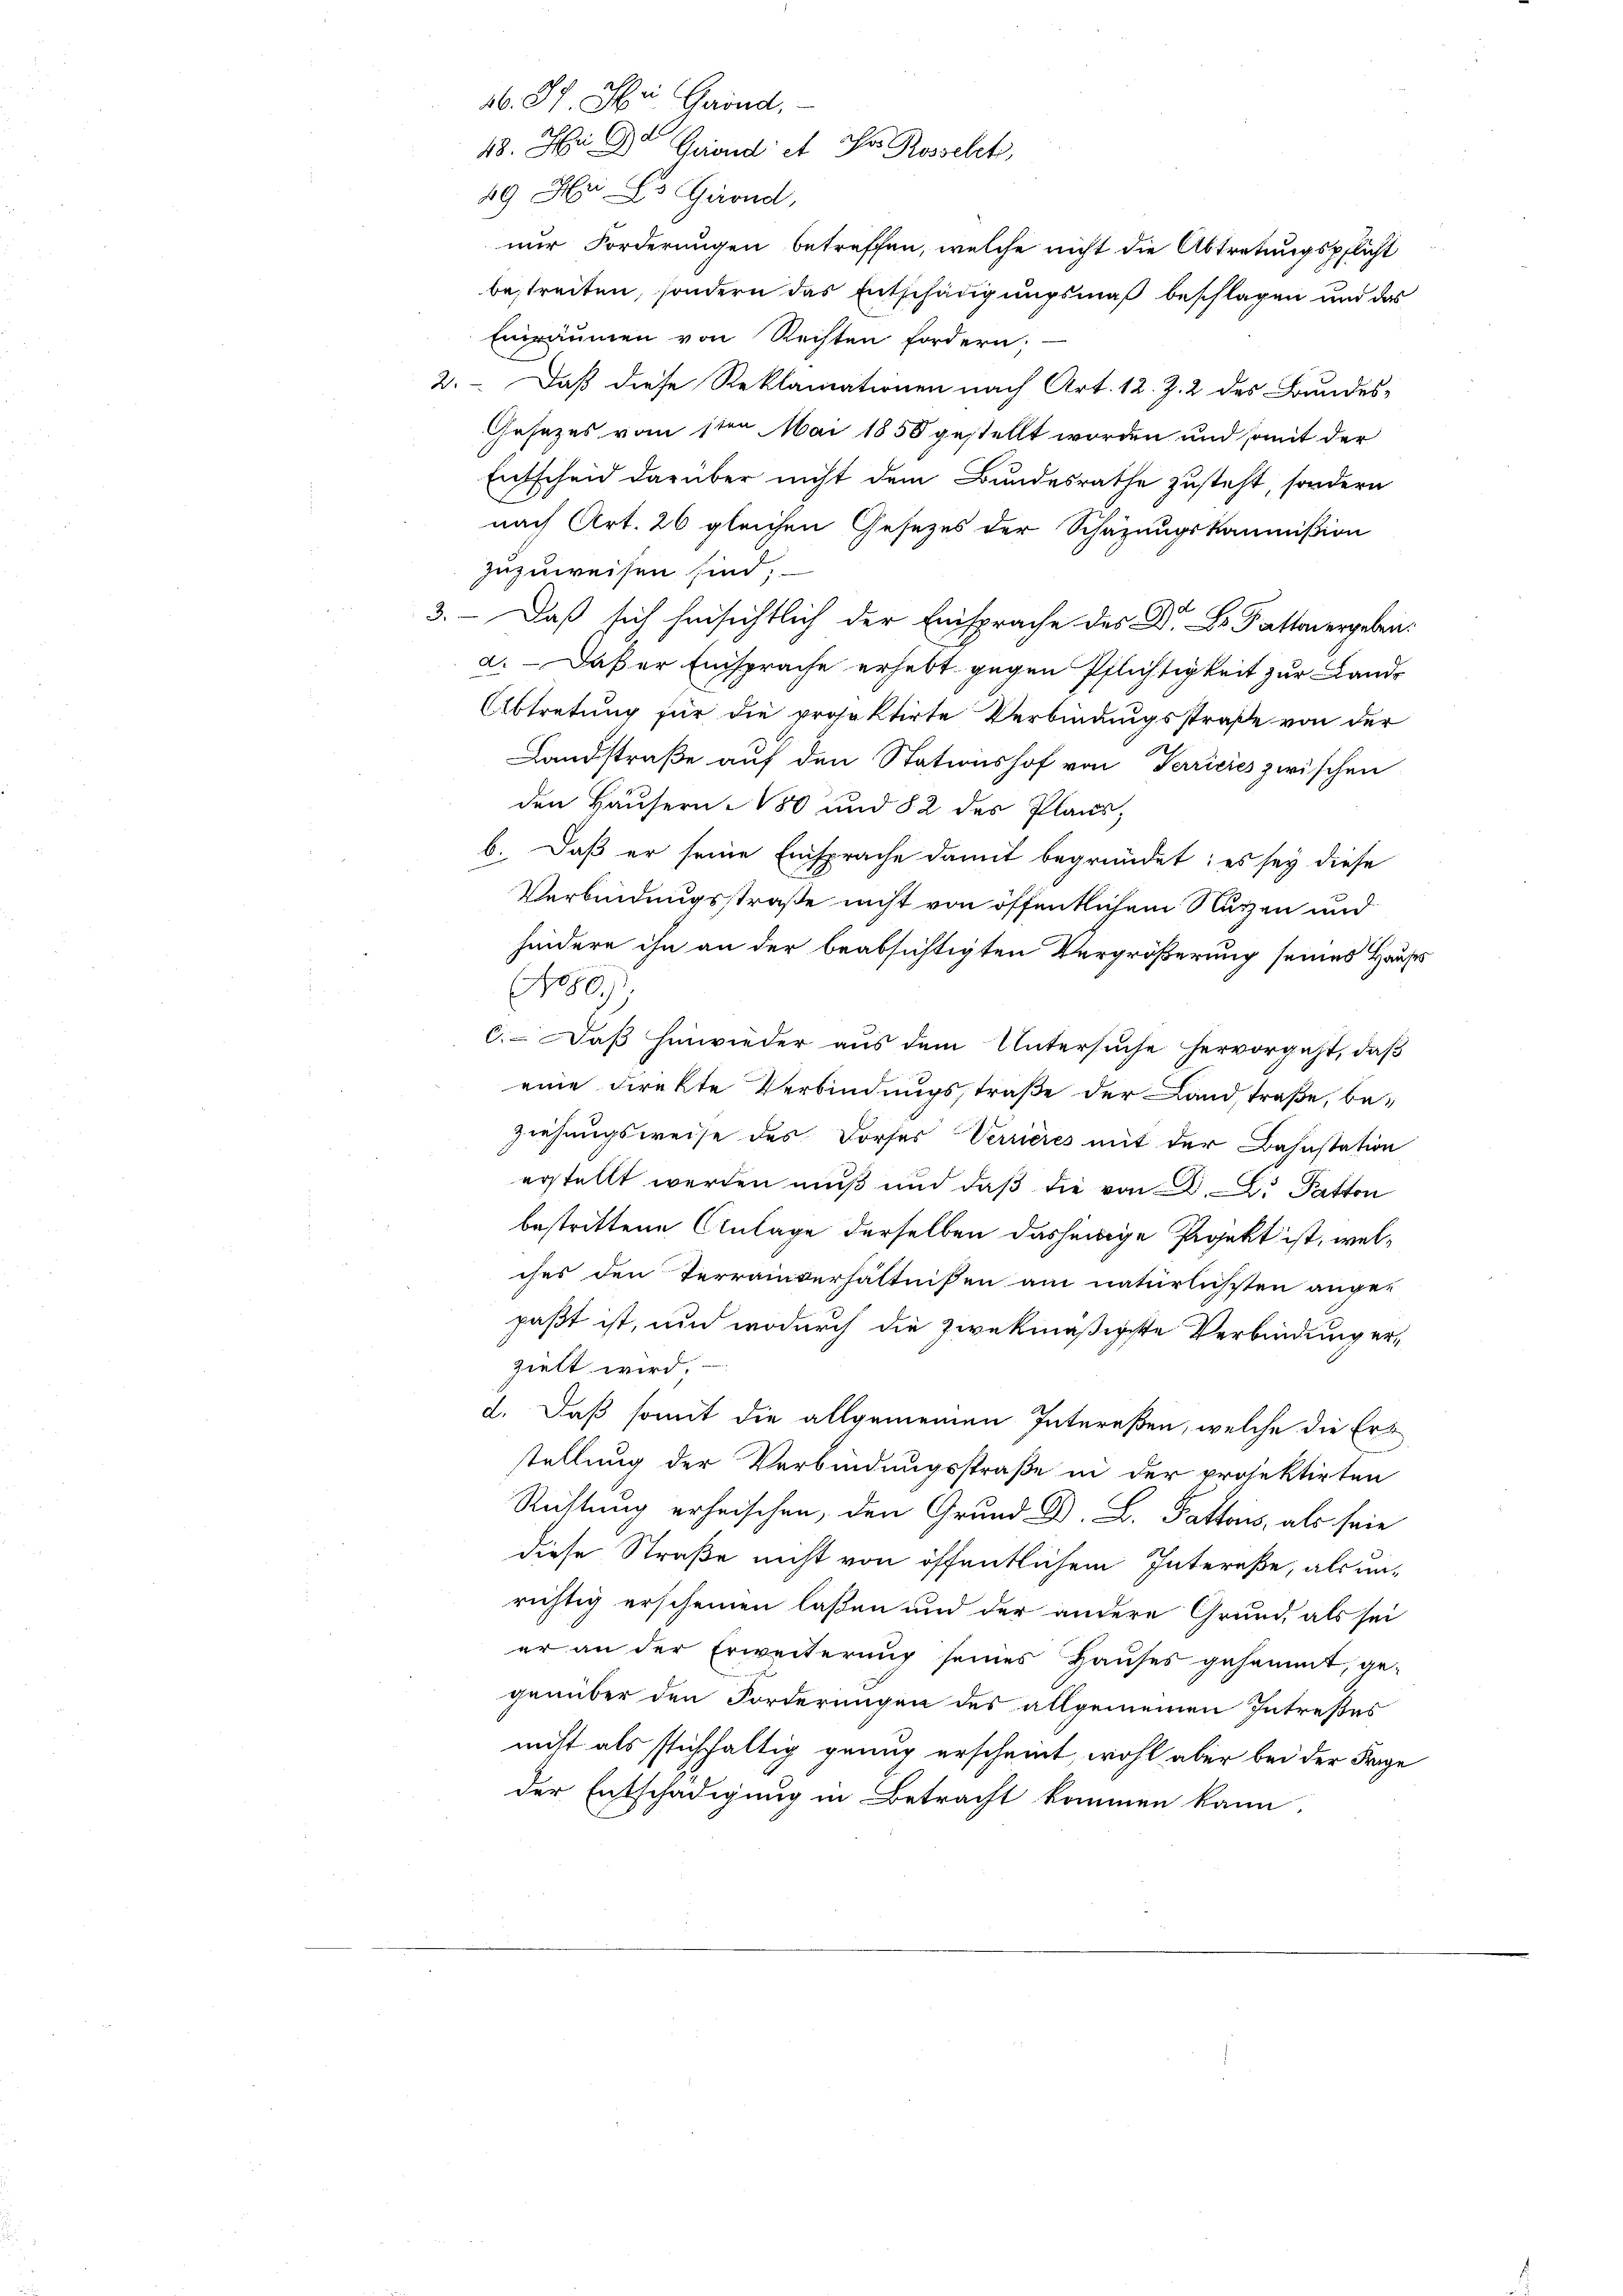
ab. II. Mii Grund,
48. Hr. Dr Grondi et Hr. Rosselt,
49 n 3. Grond,
nur Forderungen betreffen, welche nicht die Abtretungspflicht
bestreiten, sondern das Entschädigungsmaß beschlagen und das
Einräumen von Rechten fordern;
2. Daß diese Reklamationen nach Art. 12. Z. 2 des Bundes-
Gesezes vom 1ten Mai 1858 gestellt worden und somit der
Entscheid darüber nicht dem Bundesrathe zusteht, sondern
nach Art. 26 gleichen Gesezes der Schazungskommißion
zuzuweisen sind,
3. Daß sich hinsichtlich der Einsprache des Dr. Dr. Sattenergeben:
a. Daß er Einsprache erhebt gegen Pflichtigkeit zur Land¬
Abtretung für die projektirte Verbindungsstraße von der
Landstraße auf den Stationshof von Terrieres zwischen
den Häusern 1850 und § 2 des Plans,
b. Daß er seine Einsprache damit begründet; es sey diese
Verbindungsstraße nicht von öffentlichem Nutzen und
hindere ihn an der beabsichtigten Vergrößerung seines Hauses
(Hogg
c. Daß hinwieder aus dem Untersŭche hervorgeht, daβ
eine direkte Verbindungstraße der Landstraße, be-
Ziehungsweise des Dorfes Verrieres mit der Bahnstation
erstellt werden muß und daß die von 22. Patton
bestrittene Anlage derselben dasjenige Projekt ist, welches den Terrainverhältnißen am natürlichsten ange-
paßt ist, und wodurch die zwekmäßigste Verbindung erzielt wird.
d. Daß somit die allgemeinen Intereßen, welche die Erstellung der Verbindungsstraße in der projektirten
Rettung erheischen, den Grund D. B. Pattens, als seie
diese Straße nicht von öffentlichem Intereße, als unrichtig erscheinen laßen und der andere Grund als sei
er an der Erweiterung seines Hauses gesammt, ge-
genüber den Forderungen des allgemeinen Intreßes
nicht als stichhaltig genug erscheint, wohl aber bei der Frage
der Entschädigung in Betracht kommen kann.